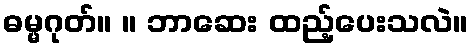
ဓမ္မဂုတ်။ ။ ဘာဆေး ထည့်ပေးသလဲ။